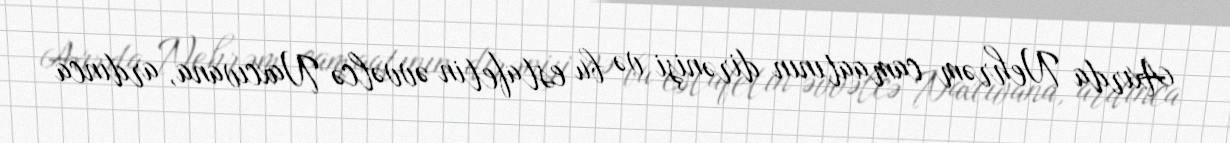
Axırda Nehrəm camaatının dirənişi və bu estafetin əvvəlcə Naxcıvana, ardınca